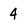
Character: 4